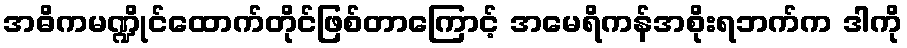
အဓိကမဏ္ဍိုင်ထောက်တိုင်ဖြစ်တာကြောင့် အမေရိကန်အစိုးရဘက်က ဒါကို